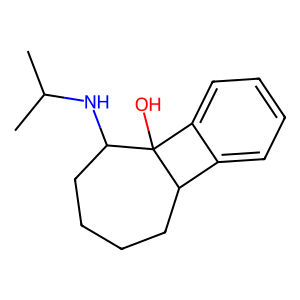
SMILES: CC(C)NC1CCCCC2c3ccccc3C12O
Inhibits HIV replication: No